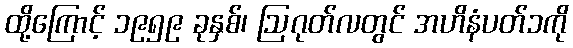
ထို့ကြောင့် ၁၉၅၉ ခုနှစ်၊ ဩဂုတ်လတွင် အဟိနံပတ်၁ကို